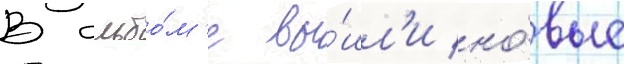
В альбо́м'е вы́шл'и но́вые